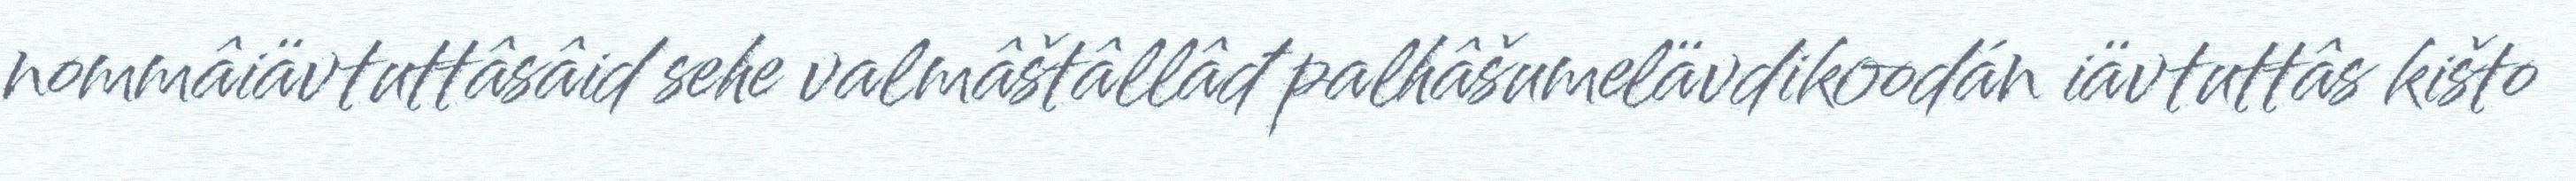
nommâiävtuttâsâid sehe valmâštâllâđ palhâšumelävdikoodán iävtuttâs kišto